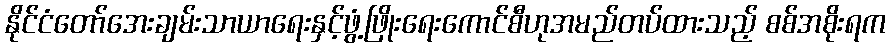
နိုင်ငံတော်အေးချမ်းသာယာရေးနှင့်ဖွံ့ဖြိုးရေးကောင်စီဟုအမည်တပ်ထားသည့် စစ်အစိုးရက